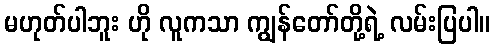
မဟုတ်ပါဘူး ဟို လူကသာ ကျွန်တော်တို့ရဲ့ လမ်းပြပါ။